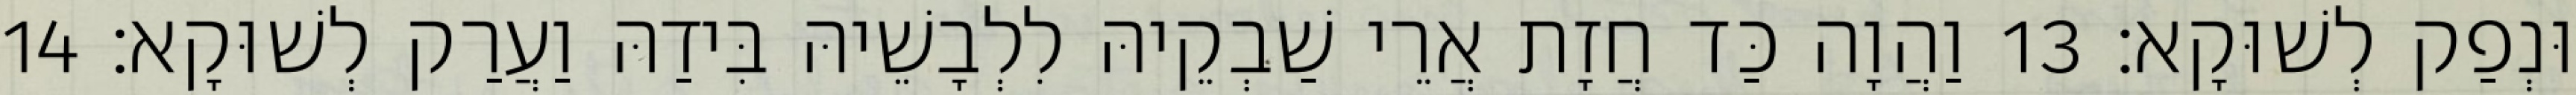
וּנְפַק לְשׁוּקָא׃ 13 וַהֲוָה כַּד חֲזָת אֲרֵי שַׁבְקֵיהּ לִלְבָשֵׁיהּ בִּידַהּ וַעֲרַק לְשׁוּקָא׃ 14